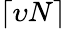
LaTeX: \lceil\upsilon N\rceil